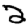
Digit: 2